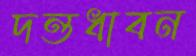
দন্তধাবন